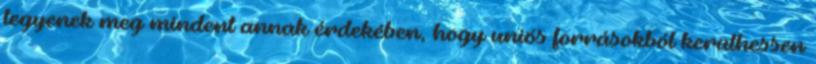
tegyenek meg mindent annak érdekében, hogy uniós forrásokból kerülhessen